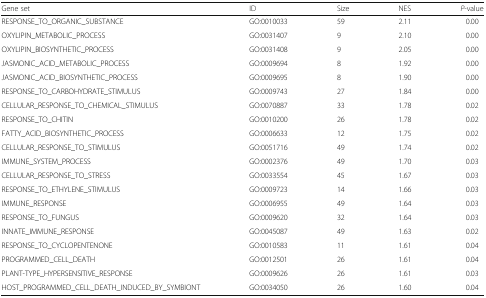
| Gene set | ID | Size | NES | P-value |
 | --- | --- | --- | --- | --- |
 | RESPONSE_TO_ORGANIC_SUBSTANCE | GO:0010033 | 59 | 2.11 | 0.00 |
 | OXYLIPIN_METABOLIC_PROCESS | GO:0031407 | 9 | 2.10 | 0.00 |
 | OXYLIPIN_BIOSYNTHETIC_PROCESS | GO:0031408 | 9 | 2.05 | 0.00 |
 | JASMONIC_ACID_METABOLIC_PROCESS | GO:0009694 | 8 | 1.92 | 0.00 |
 | JASMONIC_ACID_BIOSYNTHETIC_PROCESS | GO:0009695 | 8 | 1.90 | 0.00 |
 | RESPONSE_TO_CARBOHYDRATE_STIMULUS | GO:0009743 | 27 | 1.84 | 0.00 |
 | CELLULAR_RESPONSE_TO_CHEMICAL_STIMULUS | GO:0070887 | 33 | 1.78 | 0.02 |
 | RESPONSE_TO_CHITIN | GO:0010200 | 26 | 1.78 | 0.02 |
 | FATTY_ACID_BIOSYNTHETIC_PROCESS | GO:0006633 | 12 | 1.75 | 0.02 |
 | CELLULAR_RESPONSE_TO_STIMULUS | GO:0051716 | 49 | 1.74 | 0.02 |
 | IMMUNE_SYSTEM_PROCESS | GO:0002376 | 49 | 1.70 | 0.03 |
 | CELLULAR_RESPONSE_TO_STRESS | GO:0033554 | 45 | 1.67 | 0.03 |
 | RESPONSE_TO_ETHYLENE_STIMULUS | GO:0009723 | 14 | 1.66 | 0.03 |
 | IMMUNE_RESPONSE | GO:0006955 | 49 | 1.64 | 0.03 |
 | RESPONSE_TO_FUNGUS | GO:0009620 | 32 | 1.64 | 0.03 |
 | INNATE_IMMUNE_RESPONSE | GO:0045087 | 49 | 1.63 | 0.02 |
 | RESPONSE_TO_CYCLOPENTENONE | GO:0010583 | 11 | 1.61 | 0.04 |
 | PROGRAMMED_CELL_DEATH | GO:0012501 | 26 | 1.61 | 0.04 |
 | PLANT-TYPE_HYPERSENSITIVE_RESPONSE | GO:0009626 | 26 | 1.61 | 0.03 |
 | HOST_PROGRAMMED_CELL_DEATH_INDUCED_BY_SYMBIONT | GO:0034050 | 26 | 1.60 | 0.04 |